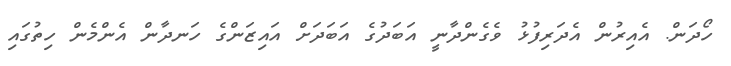
ހޯދަން. އެއިރުން އެދަރިފުޅު ވެގެންދާނީ އަބަދުގެ އަބަދަށް އައިޒަންގެ ހަނދާން އެންމެން ހިތުގައި